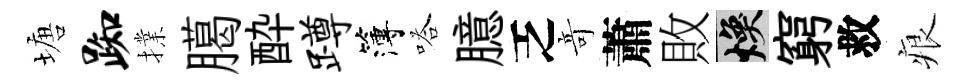
塘踟擈臈酔蹲簿嗒臆乏竒蕭敗焕窮救痕